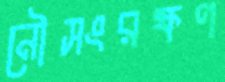
নৌসংরক্ষণ